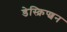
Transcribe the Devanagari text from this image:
डेस्क्रिप्शन